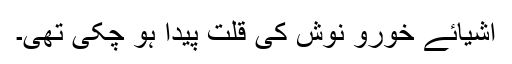
اشیائے خورو نوش کی قلت پیدا ہو چکی تھی۔